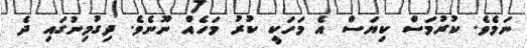
ނަމެވެ. ކުރުމަސް ކިޔަސް އެ މަހަކީ ކުރު މަހެއް ނޫނެވެ. ދިގުމިނުގައި ދެ